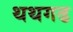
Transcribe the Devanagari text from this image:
थथगढ